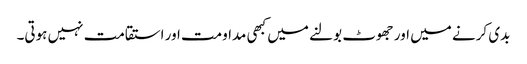
بدی کرنے میں اور جھوٹ بولنے میں کبھی مداومت اور استقامت نہیں ہوتی۔